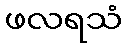
ဖလရသံ